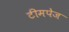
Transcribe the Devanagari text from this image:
टीमपेज